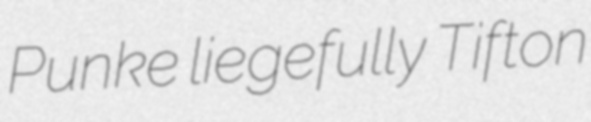
Punke liegefully Tifton